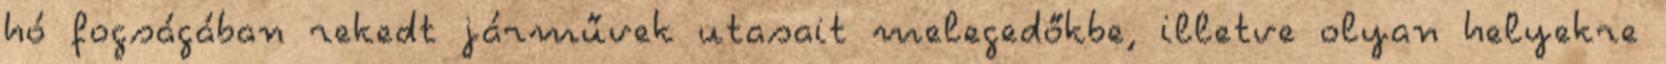
hó fogságában rekedt járművek utasait melegedőkbe, illetve olyan helyekre